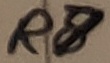
Text: R7